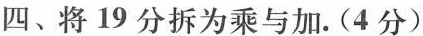
四、将19分拆为乘与加。(4分)